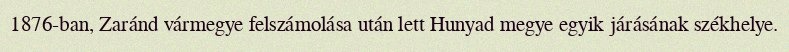
1876-ban, Zaránd vármegye felszámolása után lett Hunyad megye egyik járásának székhelye.